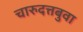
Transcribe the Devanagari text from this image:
चारुदत्तबुवा